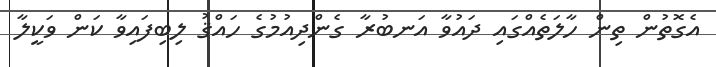
އެގޮތުން ތިން ހާލަތެއްގައި ދައުވާ އަނބުރާ ގެންދިއުމުގެ ހައްޤު ލިބިފައިވާ ކަން ވަކީލާ